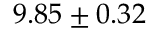
9 . 8 5 \pm 0 . 3 2